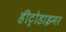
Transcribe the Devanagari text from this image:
हीट्रोडाइमर